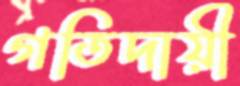
গতিদায়ী